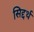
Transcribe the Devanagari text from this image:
सिद्दर्थ